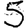
Digit: 5